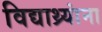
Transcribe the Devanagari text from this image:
विद्याथ्र्यांना